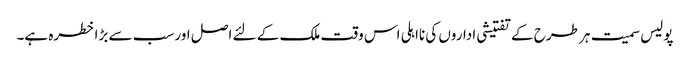
پولیس سمیت ہر طرح کے تفتیشی اداروں کی نااہلی اس وقت ملک کے لئے اصل اور سب سے بڑا خطرہ ہے۔